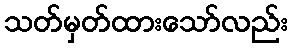
သတ်မှတ်ထားသော်လည်း